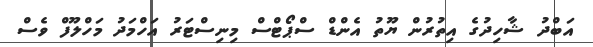
އަބްދު ޝާހިދުގެ އިތުރުން ޔޫތު އެންޑް ސްޕޯޓްސް މިނިސްޓަރު އަހްމަދު މަހްލޫފް ވެސް